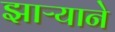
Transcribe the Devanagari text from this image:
झाऱ्याने